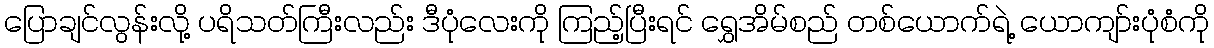
ပြောချင်လွန်းလို့ ပရိသတ်ကြီးလည်း ဒီပုံလေးကို ကြည့်ပြီးရင် ရွှေအိမ်စည် တစ်ယောက်ရဲ့ ယောကျာ်းပုံစံကို